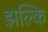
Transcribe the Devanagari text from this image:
झल्कि